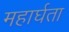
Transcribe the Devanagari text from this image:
महार्घता